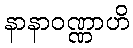
နာနာဝဏ္ဏာဟိ